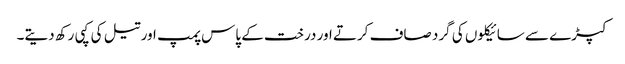
کپڑے سے سائیکلوں کی گرد صاف کرتے اور درخت کے پاس پمپ اور تیل کی کپی رکھ دیتے۔